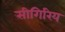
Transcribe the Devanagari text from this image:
सीगिरिय